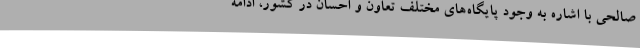
صالحی با اشاره به وجود پایگاه‌های مختلف تعاون و احسان در کشور، ادامه